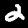
Label: 2